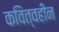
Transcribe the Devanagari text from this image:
कवित्वहीन